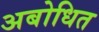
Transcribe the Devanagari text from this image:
अबोधित